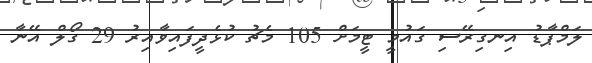
ލަމްޕާޑު އިނގިރޭސި ގައުމީ ޓީމަށް 105 މެޗު ކުޅެދީފައިވާއިރު 29 ގޯލް އޭނާ